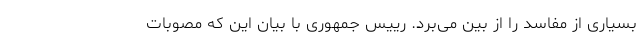
بسیاری از مفاسد را از بین می‌برد. رییس جمهوری با بیان این که مصوبات